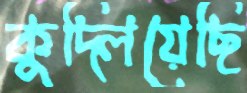
কুদ্‌লিয়েছি